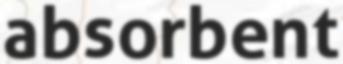
absorbent